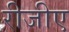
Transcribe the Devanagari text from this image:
रीजीए